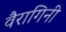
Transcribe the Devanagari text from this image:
वैरागिनी